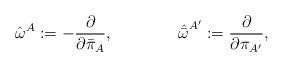
LaTeX: \begin{align*}{\hat \omega}^{A} :=- {{\partial} \over {\partial {\bar \pi}_{A}}}, \qquad \qquad{\hat {\bar \omega}}^{A^\prime} := {{\partial} \over {\partial{\pi}_{A^\prime}}},\end{align*}